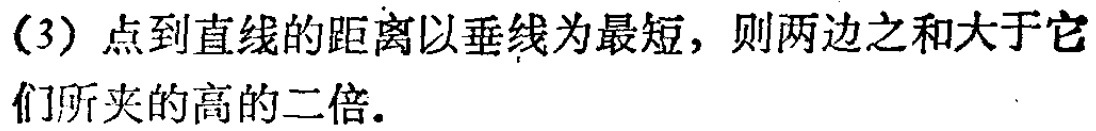
(3) 点到直线的距离以垂线为最短，则两边之和大于它们所夹的高的二倍.